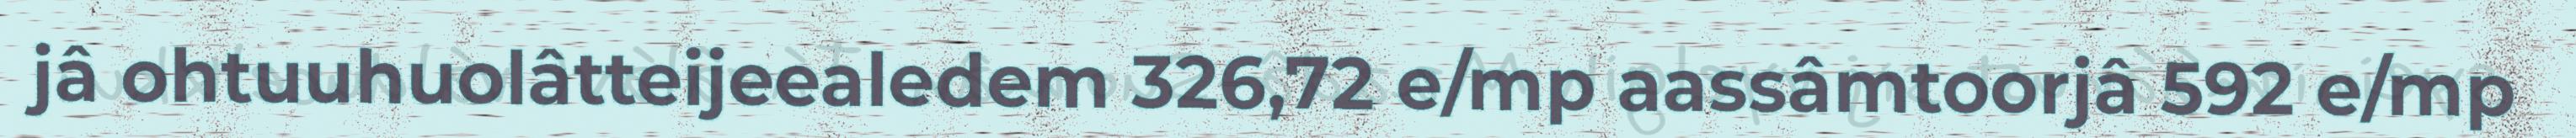
jâ ohtuuhuolâtteijeealedem 326,72 e/mp aassâmtoorjâ 592 e/mp